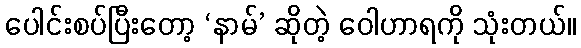
ပေါင်းစပ်ပြီးတော့ ‘နာမ်’ ဆိုတဲ့ ဝေါဟာရကို သုံးတယ်။